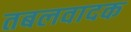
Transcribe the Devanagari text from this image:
तबलवादक